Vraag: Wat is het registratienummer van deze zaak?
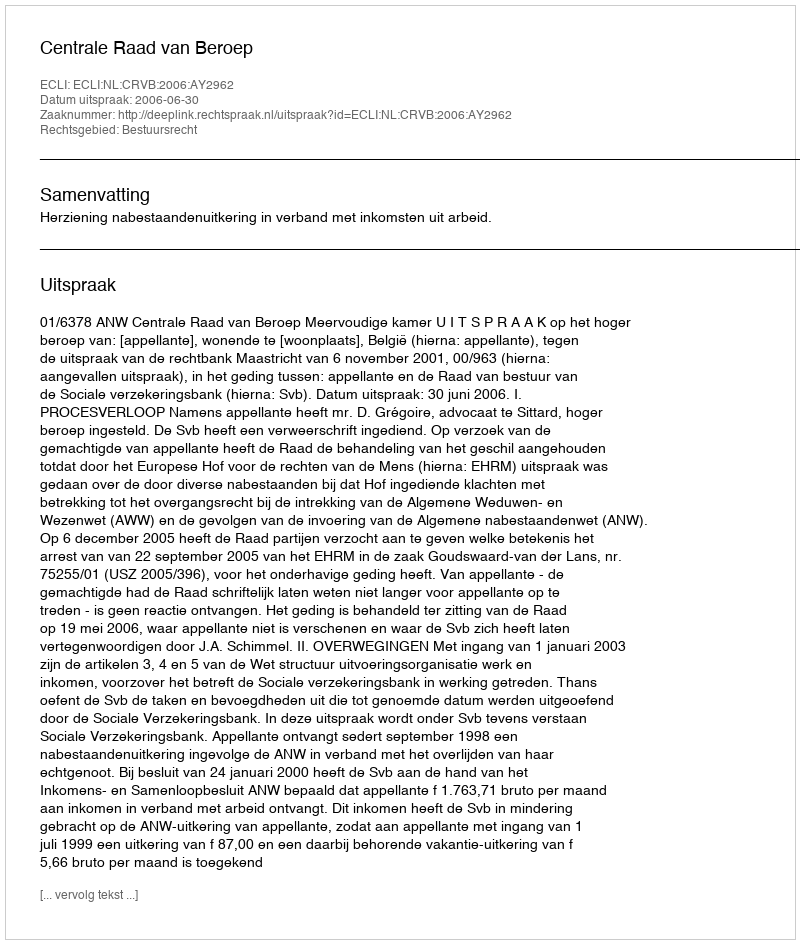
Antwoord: http://deeplink.rechtspraak.nl/uitspraak?id=ECLI:NL:CRVB:2006:AY2962